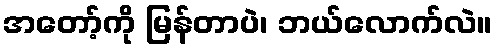
အတော့်ကို မြန်တာပဲ၊ ဘယ်လောက်လဲ။